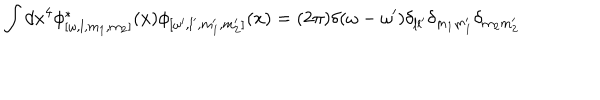
LaTeX: \int d x ^ { 4 } \phi _ { [ \omega , l , m _ { 1 } , m _ { 2 } ] } ^ { \ast } ( x ) \phi _ { [ \omega ^ { \prime } , l ^ { \prime } , m _ { 1 } ^ { \prime } , m _ { 2 } ^ { \prime } ] } ( x ) = ( 2 \pi ) \delta ( \omega - \omega ^ { \prime } ) \delta _ { l l ^ { \prime } } \delta _ { m _ { 1 } m _ { 1 } ^ { \prime } } \delta _ { m _ { 2 } m _ { 2 } ^ { \prime } }